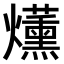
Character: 𤓂